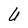
Character: U